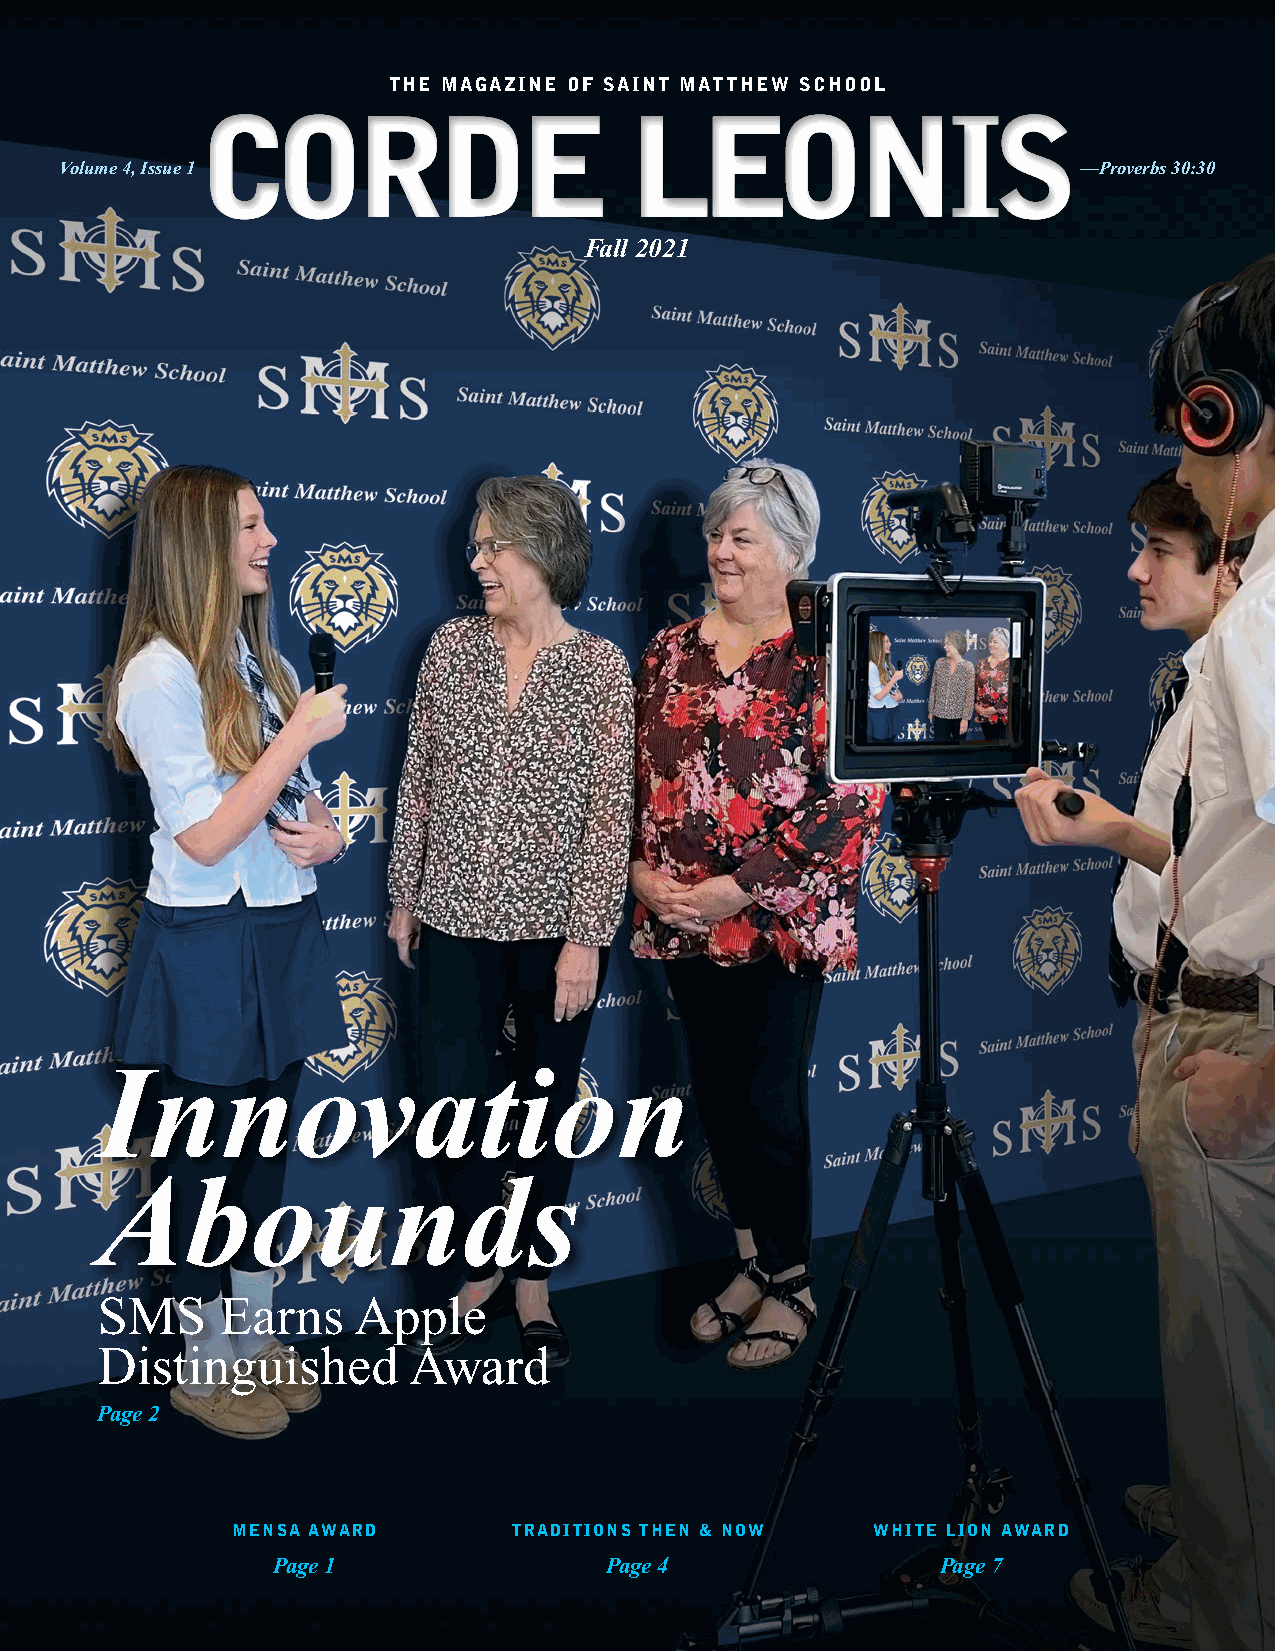
THE MAGAZINE OF SAINT MATTHEW SCHOOL
 CORDE                        LEONIS
 Volume 4, Issue 1                                                   —Proverbs 30:30
 Fall 2021
 Innovation
 Abounds
 SMS      Earns   Apple
 Distinguished        Award
 Page 2
 MENSA AWARD        TRADITIONS THEN & NOW   WHITE LION AWARD
 Page 1                Page 4                Page 7